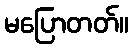
မပြောတတ်။